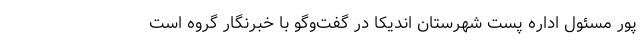
پور مسئول اداره پست شهرستان اندیکا در گفت‌وگو با خبرنگار گروه است